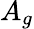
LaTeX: A_{g}